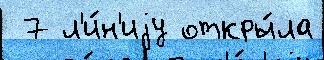
 7 л'и́н'иjу откры́ла